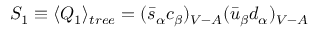
S _ { 1 } \equiv \langle Q _ { 1 } \rangle _ { t r e e } = ( \bar { s } _ { \alpha } c _ { \beta } ) _ { V - A } ( \bar { u } _ { \beta } d _ { \alpha } ) _ { V - A }